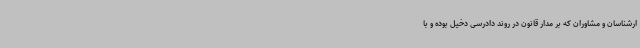
ارشناسان و مشاوران که بر مدار قانون در روند دادرسی دخیل بوده و با